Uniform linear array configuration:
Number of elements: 32
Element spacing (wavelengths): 0.75
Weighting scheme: kaiser
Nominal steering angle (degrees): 60
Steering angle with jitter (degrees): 59.498
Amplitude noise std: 0.05
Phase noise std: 0.05

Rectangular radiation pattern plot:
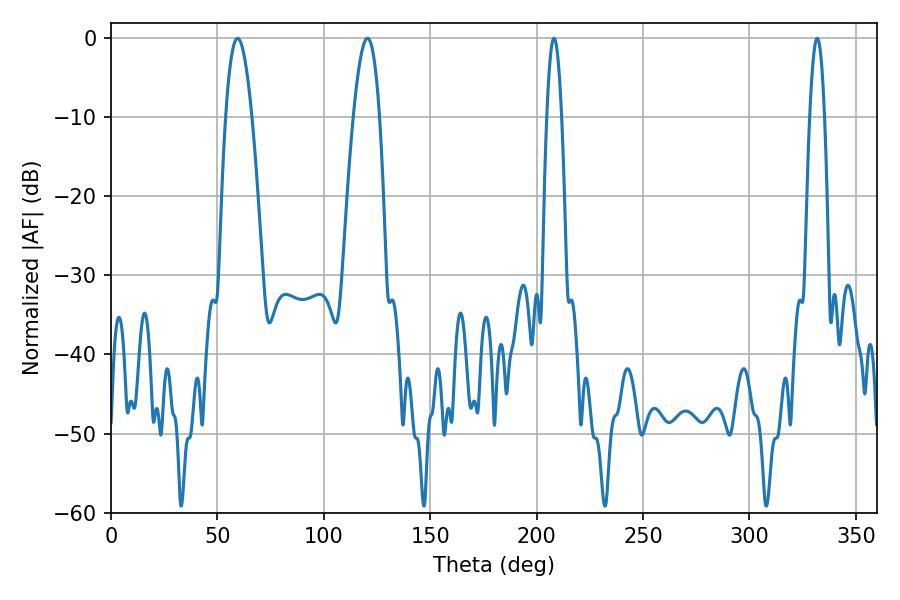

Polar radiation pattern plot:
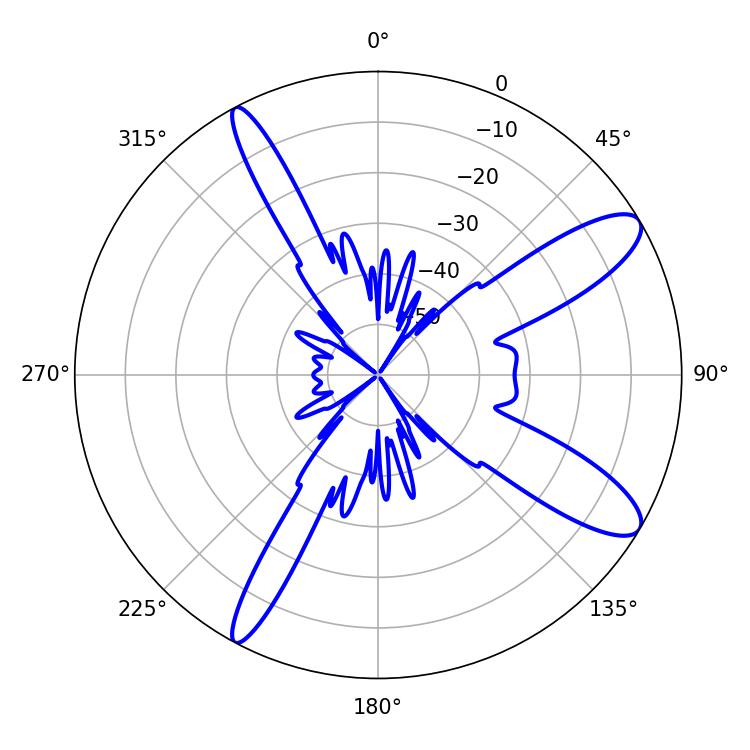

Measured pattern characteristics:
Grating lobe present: TRUE
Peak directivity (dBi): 11.205
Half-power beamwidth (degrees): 6.66
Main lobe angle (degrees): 59.4